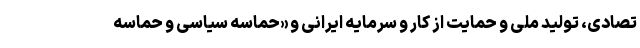
تصادی، تولید ملی و حمایت از کار و سرمایه ایرانی و «حماسه سیاسی و حماسه